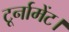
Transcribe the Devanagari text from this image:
टूर्नामेंट।